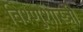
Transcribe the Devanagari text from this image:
विश्णुशास्त्री